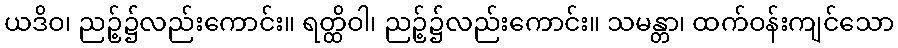
ယဒိဝ၊ ညဉ့်၌လည်းကောင်း။ ရတ္ထိဝါ၊ ညဉ့်၌လည်းကောင်း။ သမန္တာ၊ ထက်ဝန်းကျင်သော